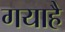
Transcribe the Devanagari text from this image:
गयाहै